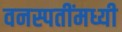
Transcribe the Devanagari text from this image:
वनस्पतींमध्यी